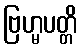
ဗြဟ္မပတ္တိ